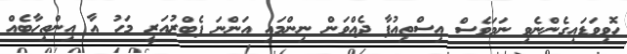
ހޮވިވަޑައިގެންނެވި ނަމަވެސް އިސްތިއުފާ ދެއްވަން ނިންމައި އަންނަ ފެބްރުއަރީ މަހު އާ އިންތިހާބެއް